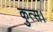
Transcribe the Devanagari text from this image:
कुत्स।